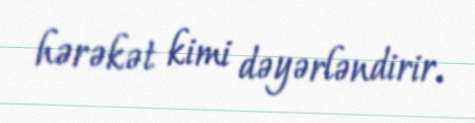
hərəkət kimi dəyərləndirir.